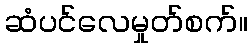
ဆံပင်လေမှုတ်စက်။